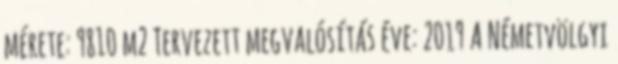
mérete: 9810 m² Tervezett megvalósítás éve: 2019 A Németvölgyi